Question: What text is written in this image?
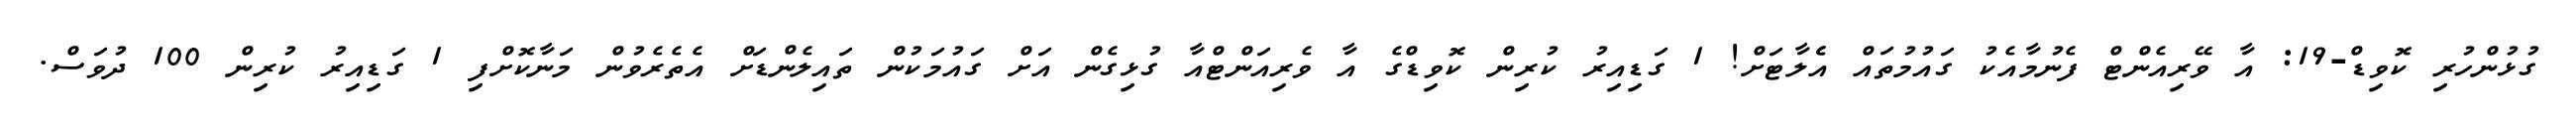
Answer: ގުޅުންހުރި ކޮވިޑް-19: އާ ވޭރިއެންޓް ފެނުމާއެކު ގައުމުތައް އެެލާޓަށް! 1 ގަޑިއިރު ކުރިން ކޮވިޑްގެ އާ ވެރިއަންޓްއާ ގުޅިގެން އަށް ގައުމަކުން ތައިލެންޑަށް އެތެރެވުން މަނާކޮށްފި 1 ގަޑިއިރު ކުރިން 100 ދުވަސް.